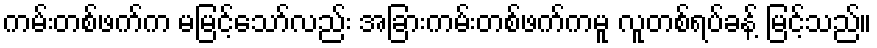
ကမ်းတစ်ဖက်က မမြင့်သော်လည်း အခြားကမ်းတစ်ဖက်ကမူ လူတစ်ရပ်ခန့် မြင့်သည်။